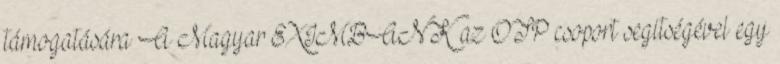
támogatására A Magyar EXIMBANK az OTP csoport segitségével egy